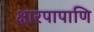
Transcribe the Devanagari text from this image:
क्षारपापाणि